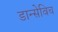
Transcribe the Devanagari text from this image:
डान्सेविच